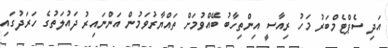
އަދި ސެޕްޓެމްބަރު މަހު ރިއާސީ އިންތިހާބު ބޭއްވުމަށް ތައްޔާރުވަމުން އަންނައިރު ދައުލަތުގެ ހަރަދުގައި